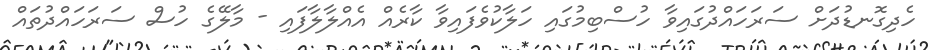
ހެދިގޮނޑުދަށް ސަރަހައްދުގައިވާ ހުސްބިމުގައި ހަލާކުވެފައިވާ ކާރެއް އެއްލާލާފައި - މާލޭގެ ހުސް ސަރަހައްދުތައް